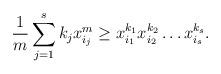
LaTeX: \begin{align*} \frac{1}{m} \sum_{j=1}^s k_j x_{i_j}^m \geq x_{i_1}^{k_1} x_{i_2}^{k_2}\dots x_{i_s}^{k_s}. \end{align*}